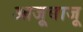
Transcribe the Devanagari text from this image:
आजूबाजू